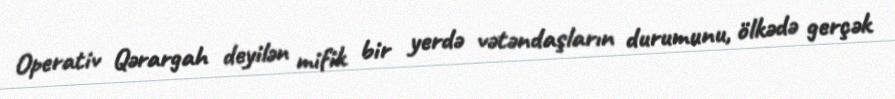
Operativ Qərargah deyilən mifik bir yerdə vətəndaşların durumunu, ölkədə gerçək